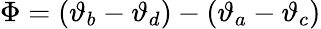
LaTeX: \Phi=(\vartheta_{b}-\vartheta_{d})-(\vartheta_{a}-\vartheta_{c})